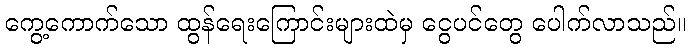
ကွေ့ကောက်သော ထွန်ရေးကြောင်းများထဲမှ ငွေပင်တွေ ပေါက်လာသည်။